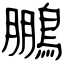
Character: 鵬